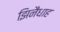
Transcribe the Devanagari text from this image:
झिनैधाह